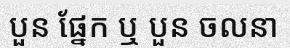
បួន ផ្នែក ឬ បួន ចលនា